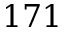
1 7 1